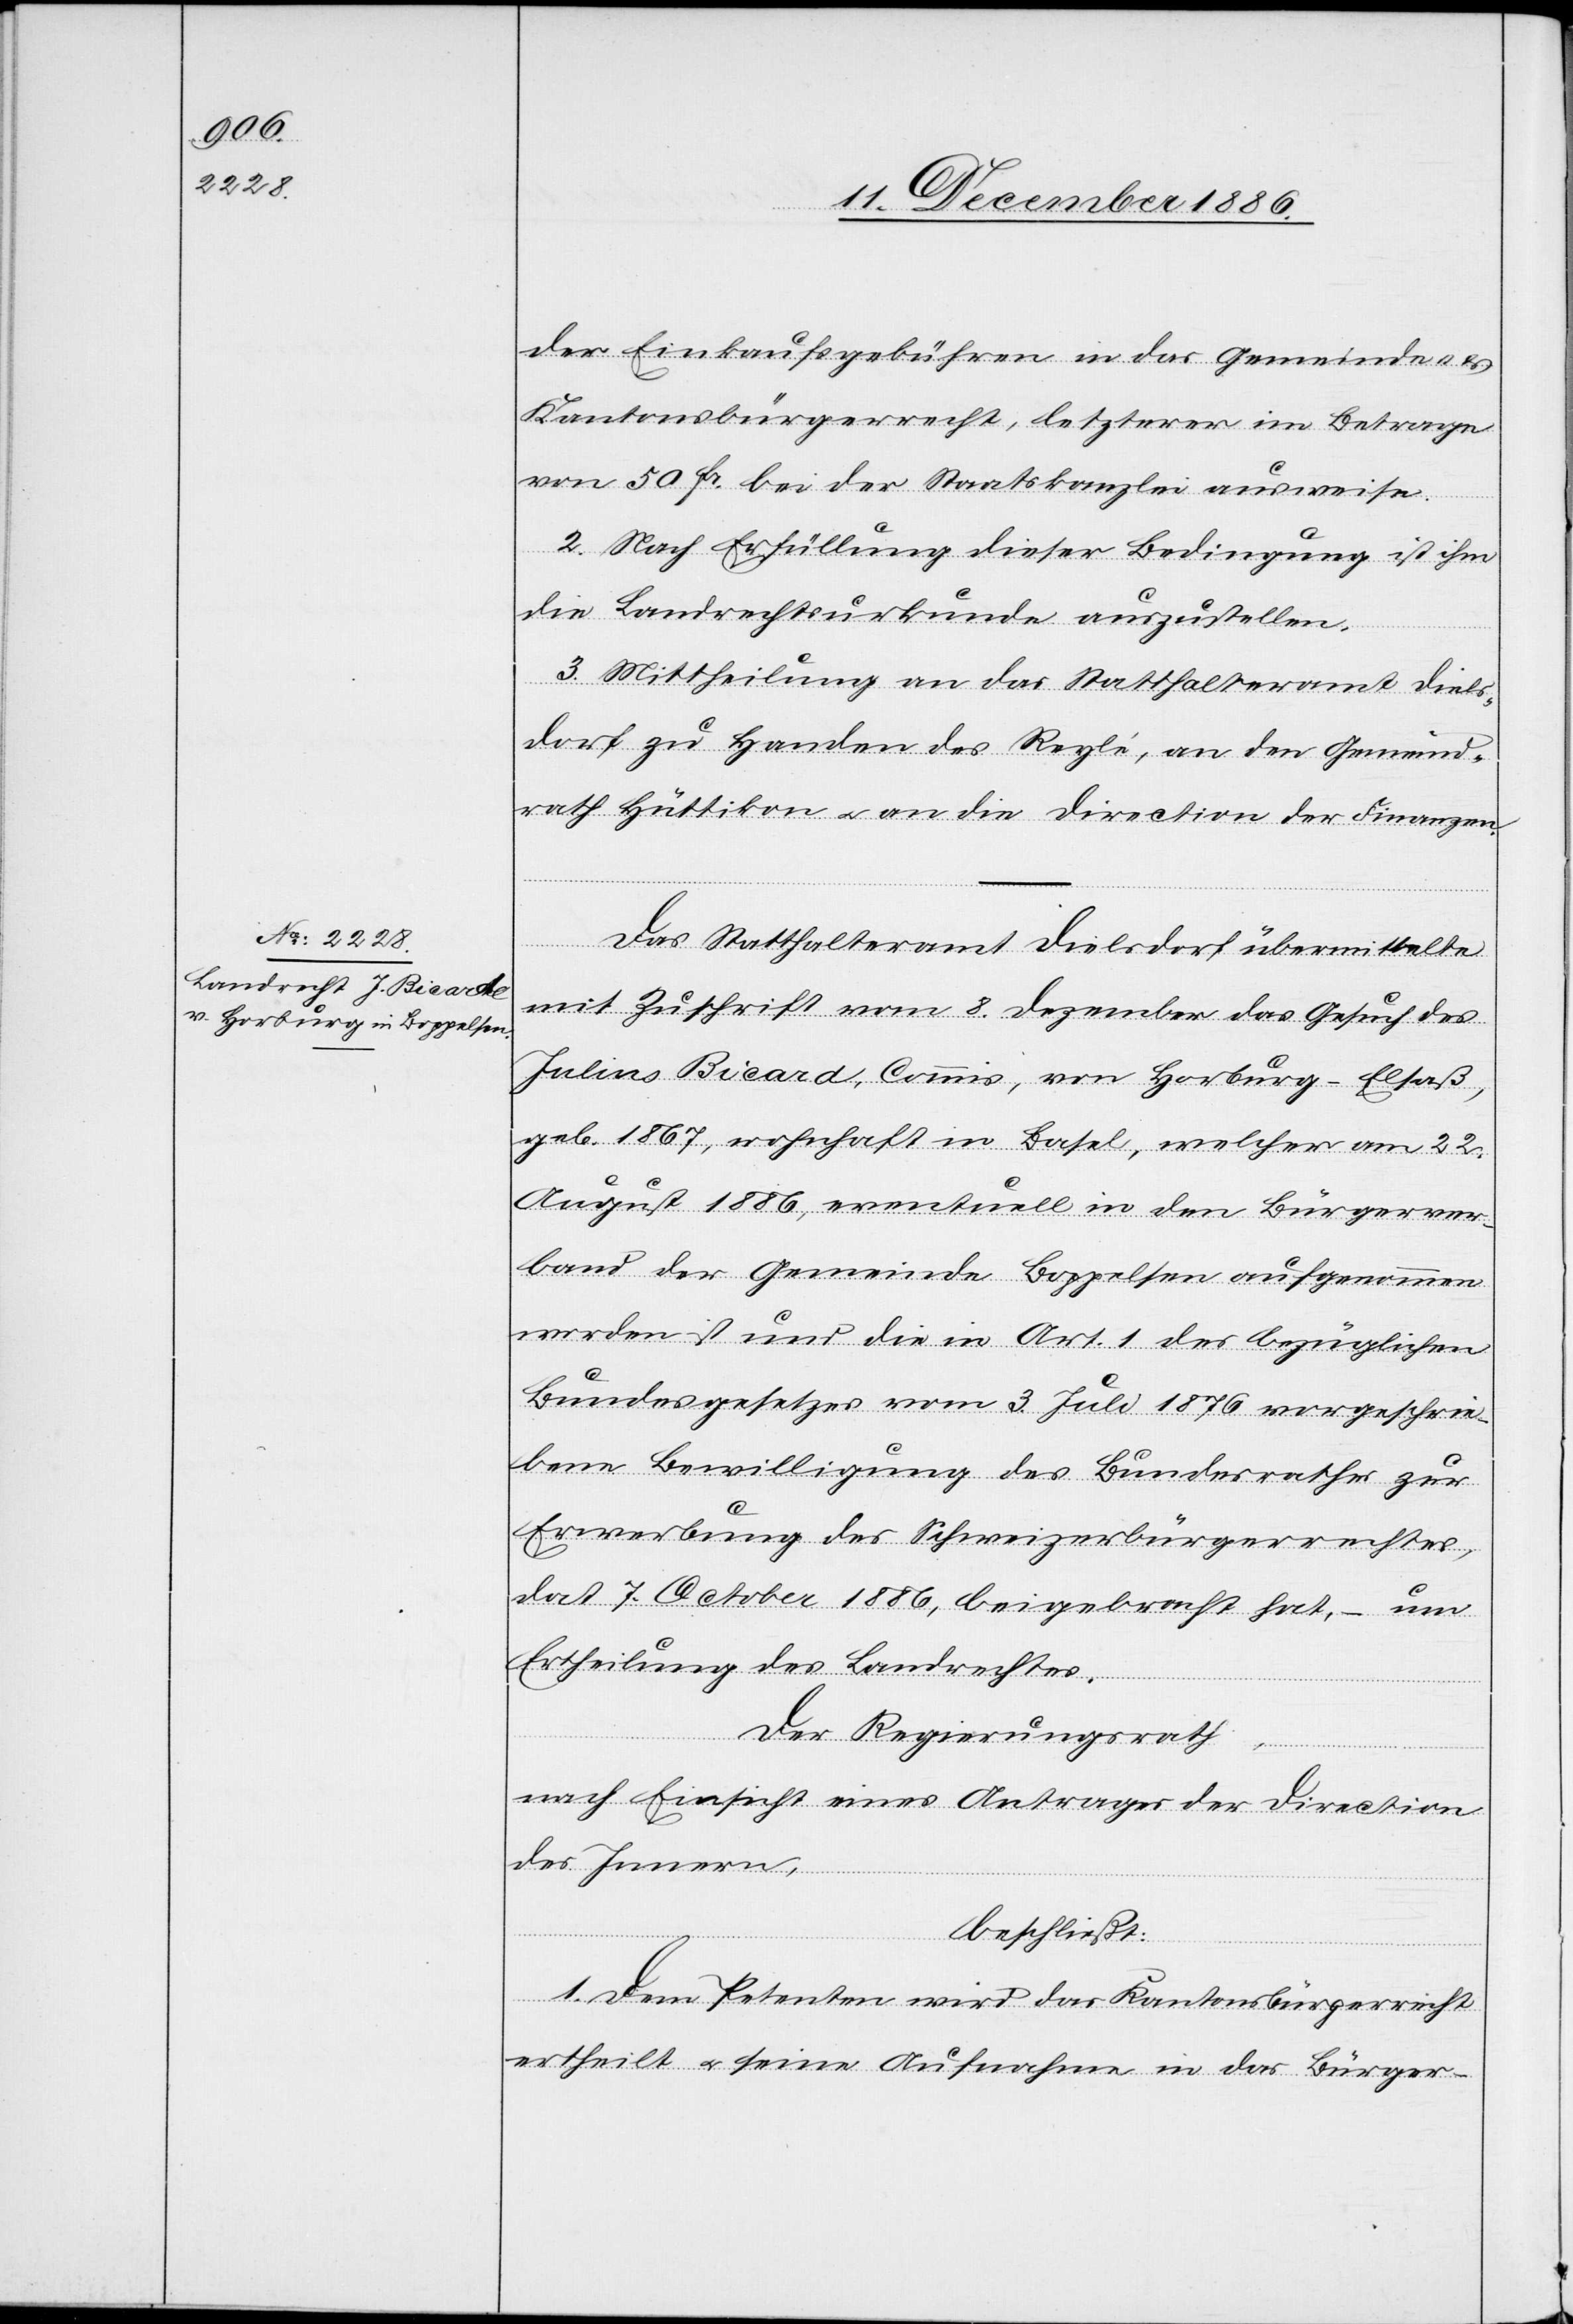
der Einkaufsgebühren in das Gemeinde- &
Kantonsbürgerrecht, letzterer im Betrage
von 50 Fr. bei der Staatskanzlei ausweise.
2. Nach Erfüllung dieser Bedingung ist ihm
die Landrechtsurkunde auszustellen.
3. Mittheilung an das Statthalteramt Diels¬
dorf zu Handen des Reylé, an den Gemeind¬
rath Hüttikon & an die Direction der Finanzen.
Das Statthalteramt Dielsdorf übermittelte
mit Zuschrift vom 8. Dezember das Gesuch des
Julius Bicard, Commis, von Horburg - Elsaß,
geb. 1867, wohnhaft in Basel, welcher am 22.
August 1886, eventuell in den Bürgerver¬
band der Gemeinde Boppelsen aufgenommen
worden ist und die in Art. 1 des bezüglichen
Bundesgesetzes vom 3. Juli 1876 vorgeschrie¬
bene Bewilligung des Bundesrathes zur
Erwerbung des Schweizerbürgerrechtes,
dat. 7. October 1886, beigebracht hat, – um
Ertheilung des Landrechtes.
Der Regierungsrath,
nach Einsicht eines Antrages der Direction
des Innern,
beschließt:
1. Dem Petenten wird das Kantonsbürgerrecht
ertheilt & seine Aufnahme in das Bürger-